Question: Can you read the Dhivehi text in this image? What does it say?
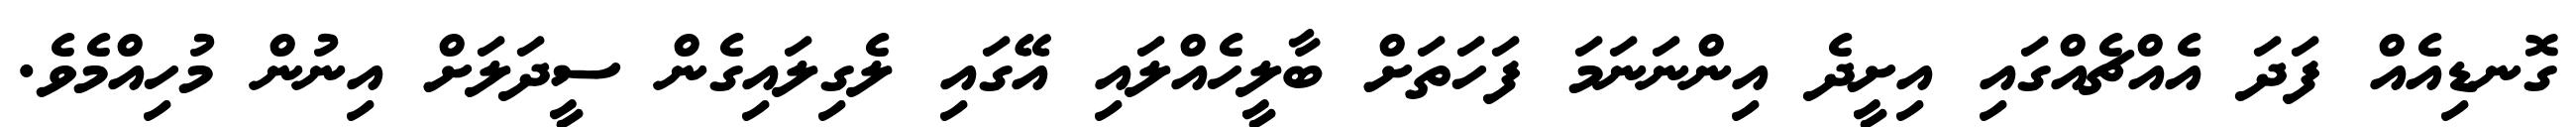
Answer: ގޮނޑިއެއް ފަދަ އެއްޗެއްގައި އިށީދެ އިންނަނަމަ ފަހަތަށް ބާލީހެއްލައި އޭގައި ލެގިލައިގެން ސީދަލަށް އިނުން މުހިއްމެވެ.